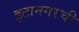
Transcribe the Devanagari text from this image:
इटानगरची